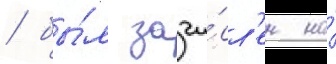
/ бы́л зачи́сл'ен на́